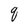
Character: q